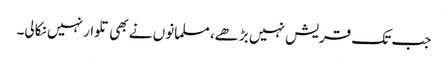
جب تک قریش نہیں بڑھے، مسلمانوں نے بھی تلوار نہیں نکالی۔